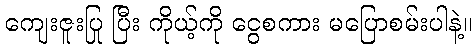
ကျေးဇူးပြု ပြီး ကိုယ့်ကို ငွေစကား မပြောစမ်းပါနဲ့။